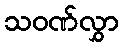
သဝဏ်လွှာ